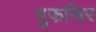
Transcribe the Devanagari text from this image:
मुफसिर